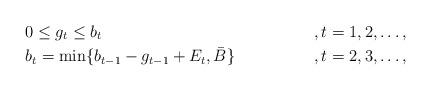
LaTeX: \begin{align*}&0\leq g_t\leq b_t&&,t=1,2,\ldots,\\&b_t=\min\{b_{t-1}-g_{t-1}+E_t,\bar{B}\}&&,t=2,3,\ldots,\end{align*}